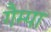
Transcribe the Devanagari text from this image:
गैम्पा